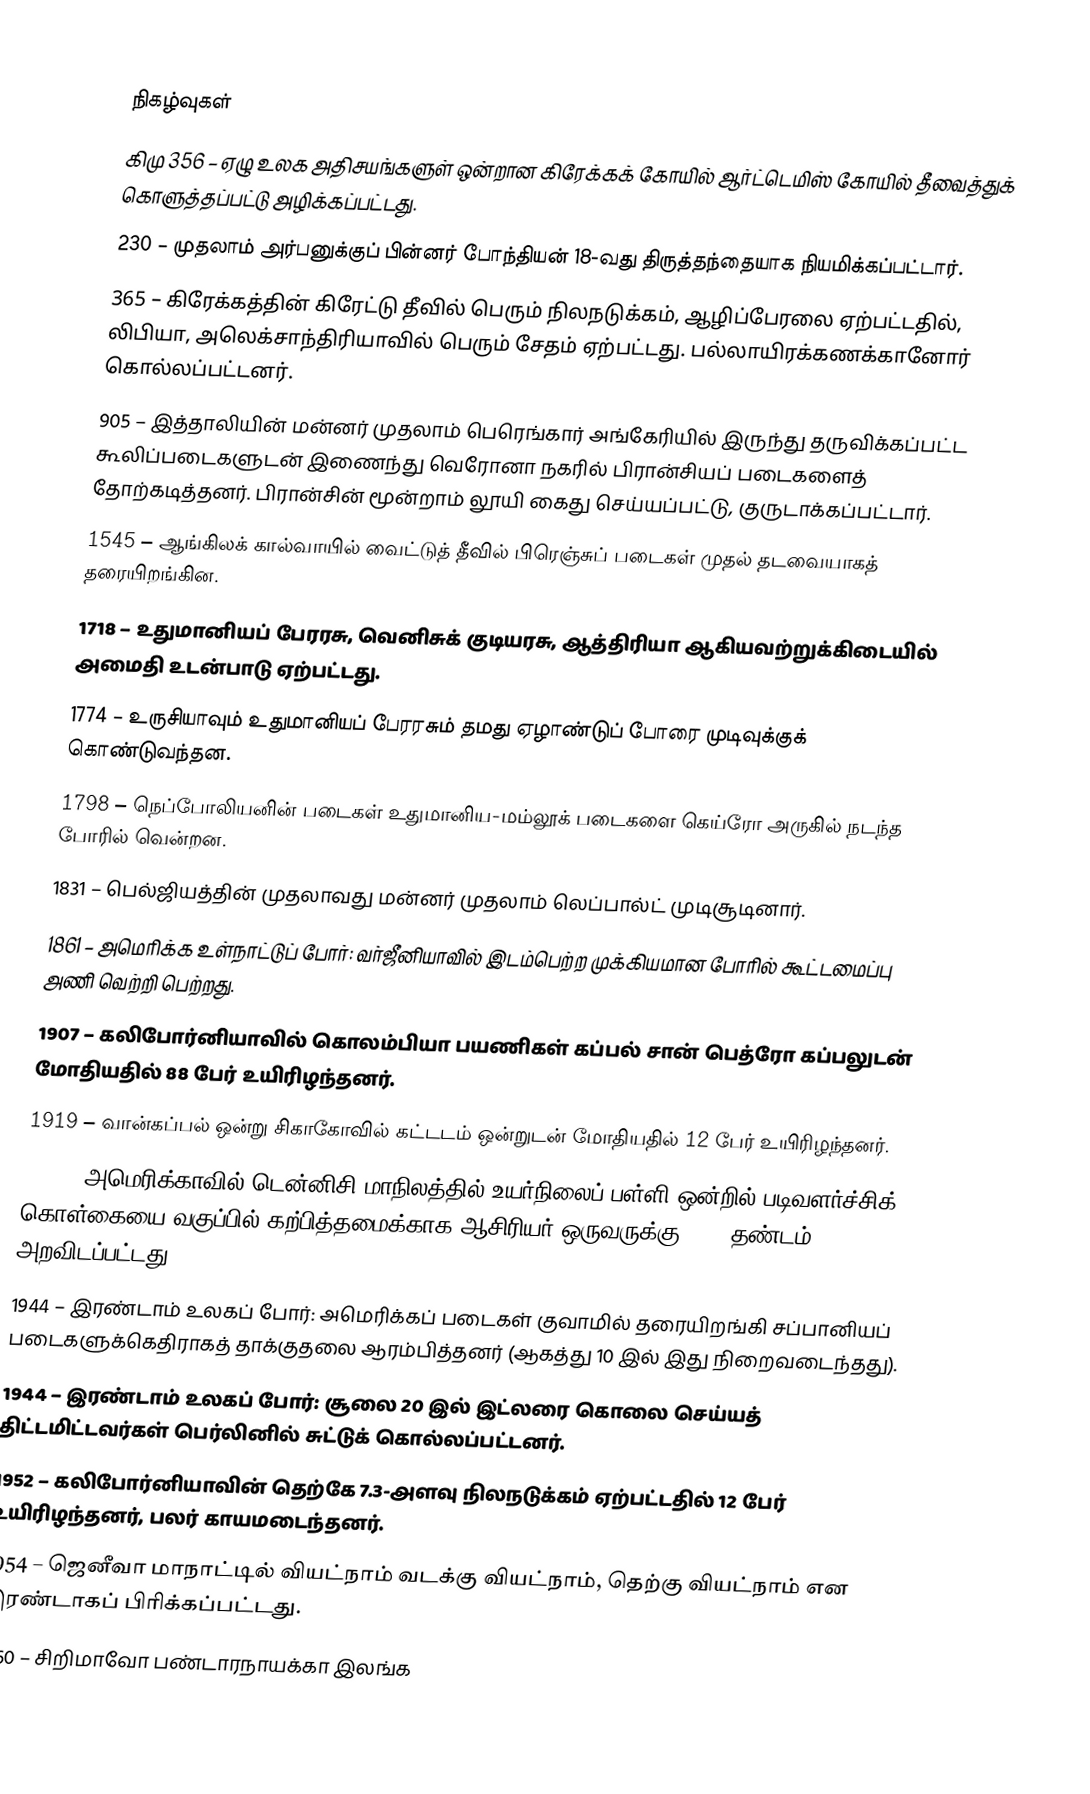

நிகழ்வுகள்
கிமு 356 – ஏழு உலக அதிசயங்களுள் ஒன்றான கிரேக்கக் கோயில் ஆர்ட்டெமிஸ் கோயில் தீவைத்துக் கொளுத்தப்பட்டு அழிக்கப்பட்டது.
230 – முதலாம் அர்பனுக்குப் பின்னர் போந்தியன் 18-வது திருத்தந்தையாக நியமிக்கப்பட்டார்.
365 – கிரேக்கத்தின் கிரேட்டு தீவில் பெரும் நிலநடுக்கம், ஆழிப்பேரலை ஏற்பட்டதில், லிபியா, அலெக்சாந்திரியாவில் பெரும் சேதம் ஏற்பட்டது. பல்லாயிரக்கணக்கானோர் கொல்லப்பட்டனர்.
905 – இத்தாலியின் மன்னர் முதலாம் பெரெங்கார் அங்கேரியில் இருந்து தருவிக்கப்பட்ட கூலிப்படைகளுடன் இணைந்து வெரோனா நகரில் பிரான்சியப் படைகளைத் தோற்கடித்தனர். பிரான்சின் மூன்றாம் லூயி கைது செய்யப்பட்டு, குருடாக்கப்பட்டார்.
1545 – ஆங்கிலக் கால்வாயில் வைட்டுத் தீவில் பிரெஞ்சுப் படைகள் முதல் தடவையாகத் தரையிறங்கின.
1718 – உதுமானியப் பேரரசு, வெனிசுக் குடியரசு, ஆத்திரியா ஆகியவற்றுக்கிடையில் அமைதி உடன்பாடு ஏற்பட்டது.
1774 – உருசியாவும் உதுமானியப் பேரரசும் தமது ஏழாண்டுப் போரை முடிவுக்குக் கொண்டுவந்தன.
1798 – நெப்போலியனின் படைகள் உதுமானிய-மம்லூக் படைகளை கெய்ரோ அருகில் நடந்த போரில் வென்றன.
1831 – பெல்ஜியத்தின் முதலாவது மன்னர் முதலாம் லெப்பால்ட் முடிசூடினார்.
1861 – அமெரிக்க உள்நாட்டுப் போர்: வர்ஜீனியாவில் இடம்பெற்ற முக்கியமான போரில் கூட்டமைப்பு அணி வெற்றி பெற்றது.
1907 – கலிபோர்னியாவில் கொலம்பியா பயணிகள் கப்பல் சான் பெத்ரோ கப்பலுடன் மோதியதில் 88 பேர் உயிரிழந்தனர்.
1919 – வான்கப்பல் ஒன்று சிகாகோவில் கட்டடம் ஒன்றுடன் மோதியதில் 12 பேர் உயிரிழந்தனர்.
1925 – அமெரிக்காவில் டென்னிசி மாநிலத்தில் உயர்நிலைப் பள்ளி ஒன்றில் படிவளர்ச்சிக் கொள்கையை வகுப்பில் கற்பித்தமைக்காக ஆசிரியர் ஒருவருக்கு $100 தண்டம் அறவிடப்பட்டது.
1944 – இரண்டாம் உலகப் போர்: அமெரிக்கப் படைகள் குவாமில் தரையிறங்கி சப்பானியப் படைகளுக்கெதிராகத் தாக்குதலை ஆரம்பித்தனர் (ஆகத்து 10 இல் இது நிறைவடைந்தது).
1944 – இரண்டாம் உலகப் போர்: சூலை 20 இல் இட்லரை கொலை செய்யத் திட்டமிட்டவர்கள் பெர்லினில் சுட்டுக் கொல்லப்பட்டனர்.
1952 – கலிபோர்னியாவின் தெற்கே 7.3-அளவு நிலநடுக்கம் ஏற்பட்டதில் 12 பேர் உயிரிழந்தனர், பலர் காயமடைந்தனர்.
1954 – ஜெனீவா மாநாட்டில் வியட்நாம் வடக்கு வியட்நாம், தெற்கு வியட்நாம் என இரண்டாகப் பிரிக்கப்பட்டது.
1960 – சிறிமாவோ பண்டாரநாயக்கா இலங்க